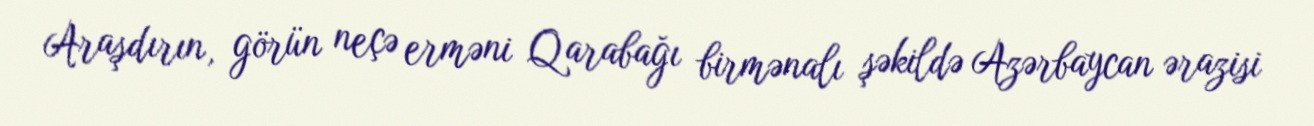
Araşdırın, görün neçə erməni Qarabağı birmənalı şəkildə Azərbaycan ərazisi